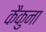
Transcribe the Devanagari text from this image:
कैकुना